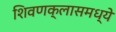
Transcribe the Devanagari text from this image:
शिवणक्लासमध्ये